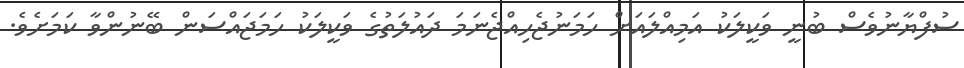
ސުފްޔާނުވެސް ބުނީ ވަކީލަކު އަމިއްލައަށް ހަމަނުޖެހިއްޖެނަމަ ދައުލަތުގެ ވަކީލަކު ހަމަޖައްސަން ބޭނުންވާ ކަމަށެވެ.